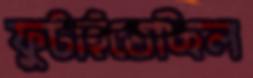
ফুটাইতেছিল